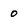
Character: 0